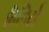
મિનિટો